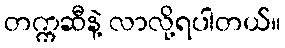
တက္ကဆီနဲ့ လာလို့ရပါတယ်။